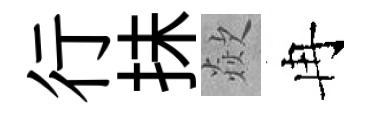
行抺歘冉